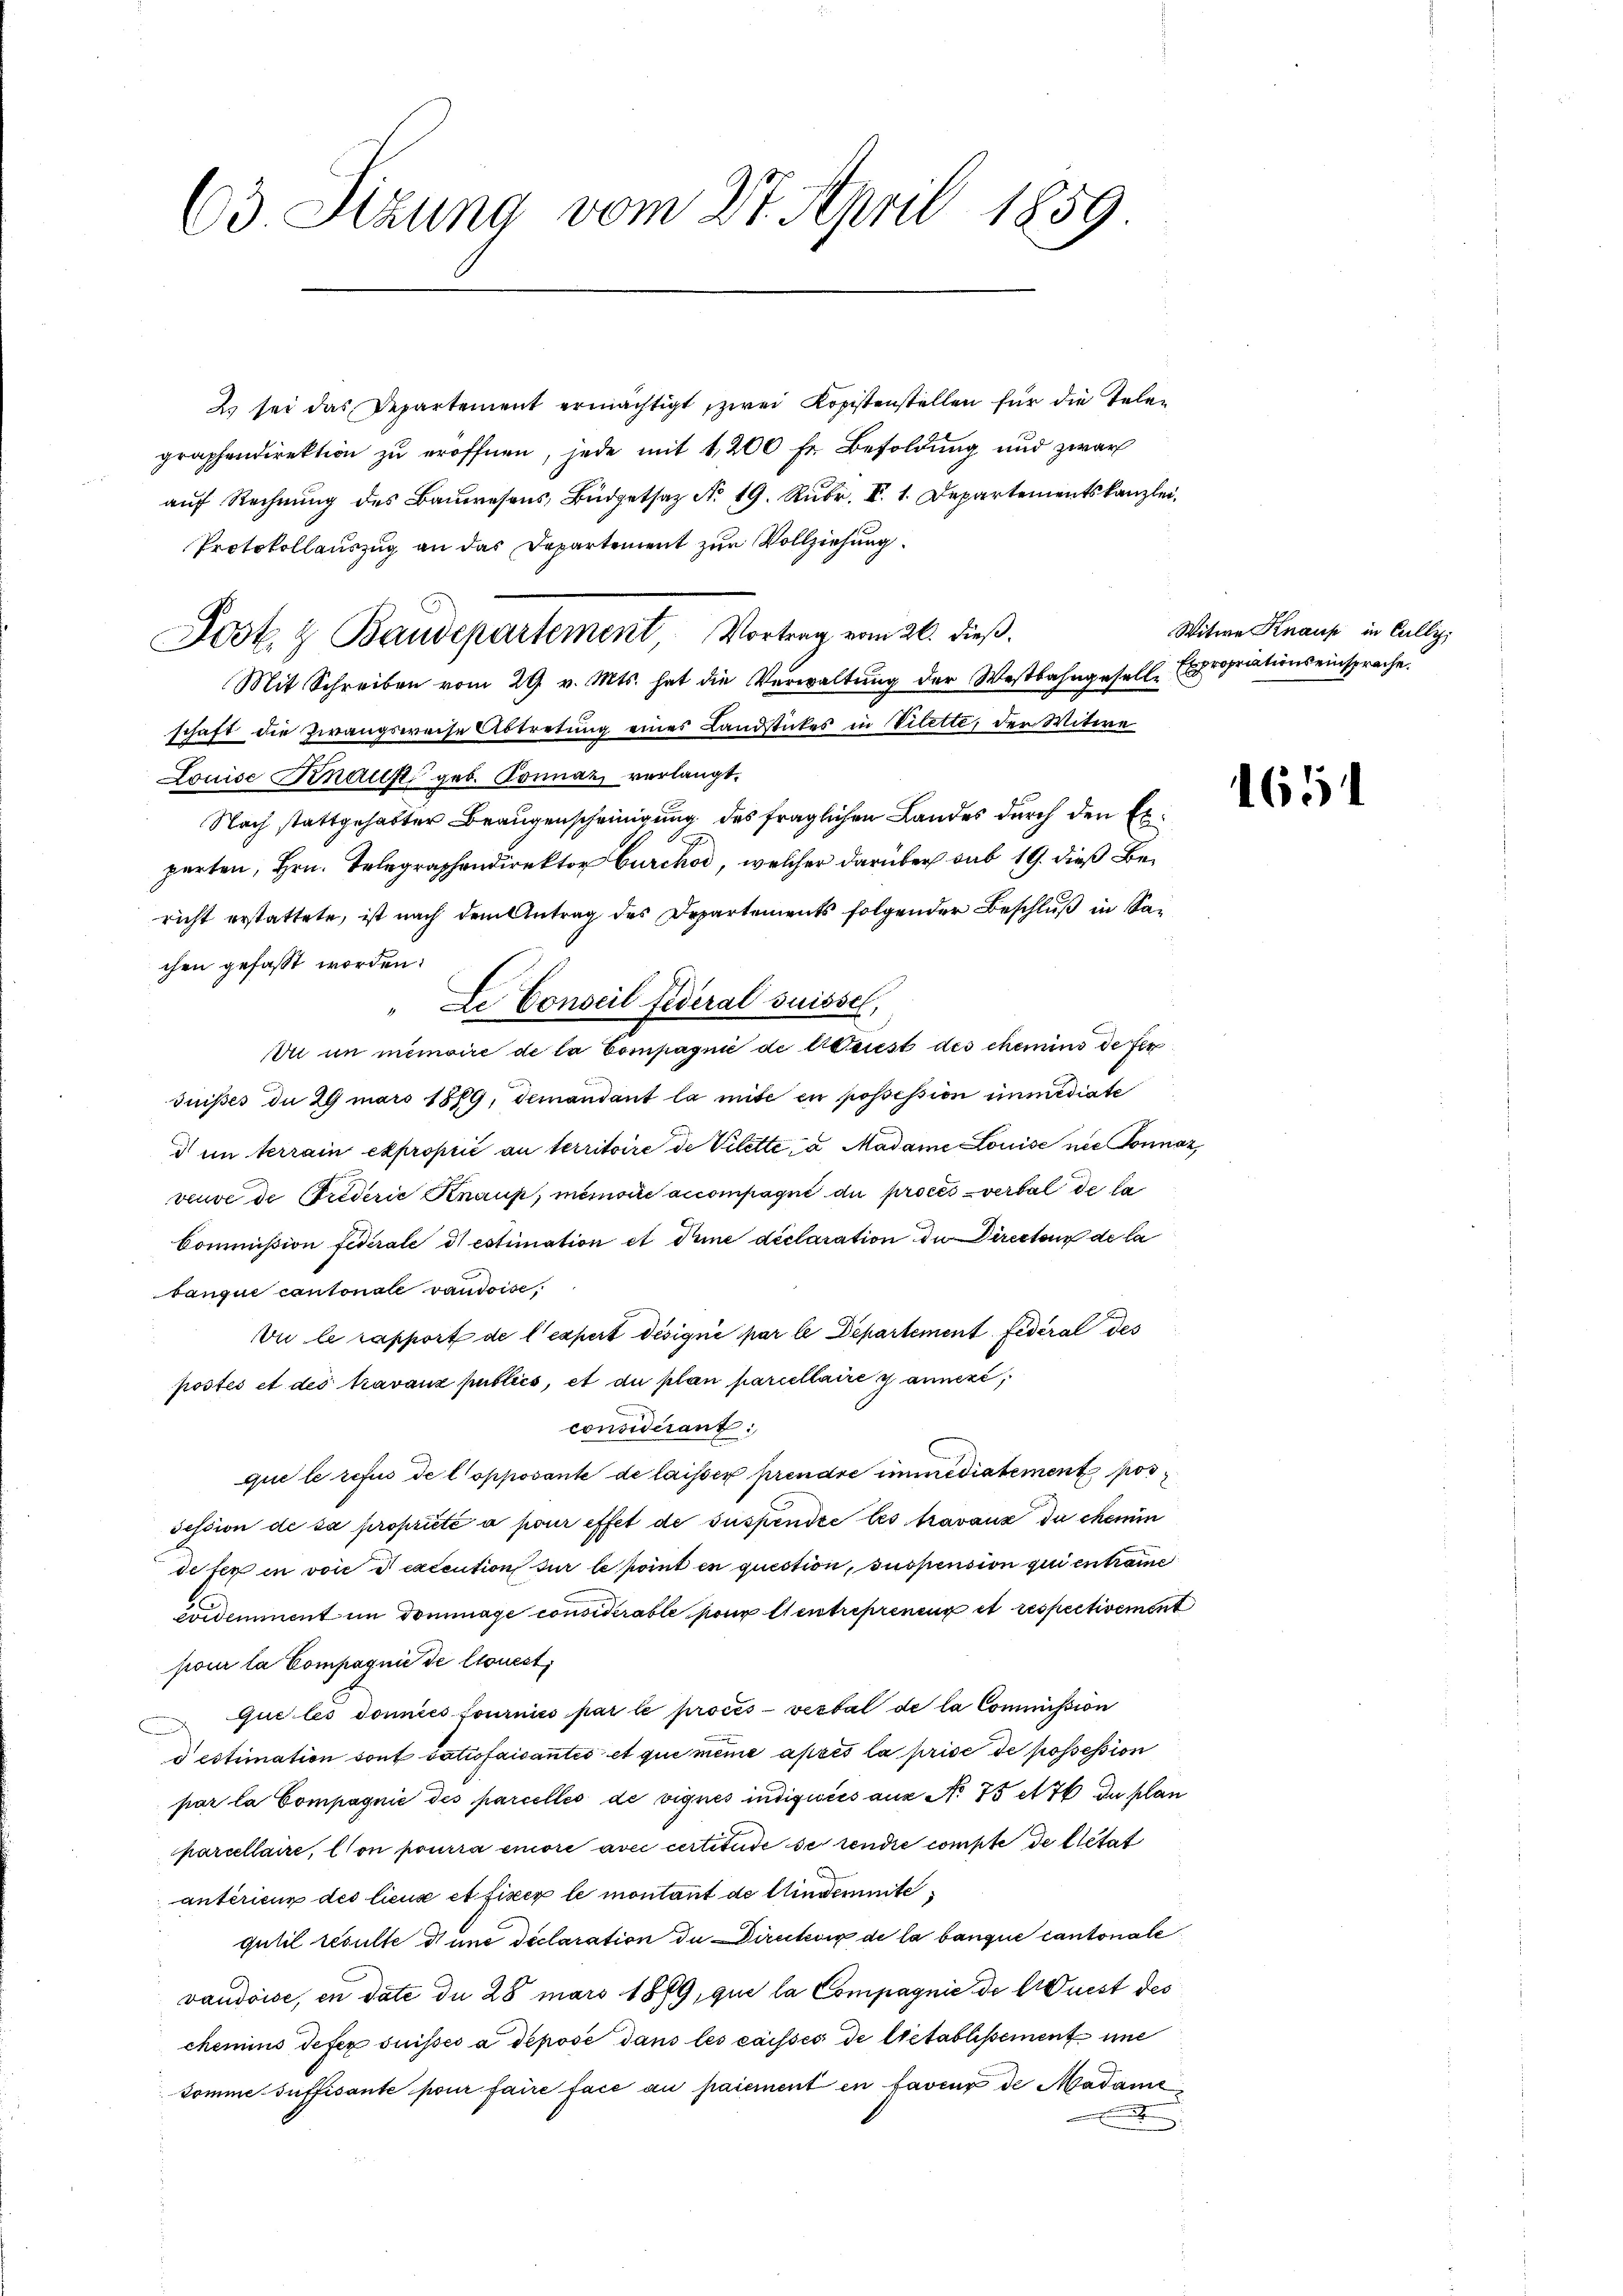
63 Sizung vom 27. April 1859.

2) sei das Departement ermächtigt, zwei Kopistenstellen für die Telegraphendirektion zŭ eröffnen, jede mit 1200 fr. Besoldung und zwar
auf Rechnung des Bauwesens, Büdgetsaz No 19. Rubr. V. 1. Departementskanzlei
Protokollauszug an das Departement zur Vollziehung
Mit Schreiben vom 29. v. Mts. hat die Verwaltung der Westbahngesell. Expropriationseinsprache.
schaft die Zwangsweise Abtretung eines Landstückes in Vilette, der Witwe
Louise Knauft geb. Sonnaz verlangt,
Nach stattgehabter Braugenscheinigung des fraglichen Landes durch den Ex¬
.
parten, Hrn. Telegraphendirektor Curch, welcher darüber sub 19. dieß Bericht erstattete, ist nach dem Antrag des Departements folgender Beschluß in Sachen gefaßt worden:
" Le Conseil Federal Suissel,
Du in memoire de la Compagnie de triest des chemins de fer
duises du 29 mars 1889, demandant la mite en possession immediate
d im terrain exproprić an territoire de Vilette, a Madame Louise nie Sonnaz
veuve de rederie Knaux, memorie accompagni di proces verbal de la
Commißion federale d) estimation et Deine déclaration der Directens de la
tanque cantonale vaudoise,
vu le rapport de l’expert désigné par le Departement Federal des
postés et des travanz publics, et du plan parcellaire y annexe,
considérant
que le refus de l’opposante de laisser prendre immediatement pos
session de sa propriété à pour effet de suspendie les travaux du chemin
defer in voie et execution sur le point in question, suspension qui entrai
1
évidemment im dommage considérable pour entreprenen et respectivement
pour la Compagnie de ltouert,
que les domies fourniss par le procès-verbal de la Commission
o estimation sont satiofaisantes et que meine après la prise de possession
par la Compagnie des parcellés de vignes indiquées aus No 75 et 76 du plan
parcellaire, on pourra einore avec certitute de rendie compte de letat
antérieur des lieux et fixer le montant de Mindemmte
gutil resulte d une declaration de Director de la bangue Cantonale
vaudoise, en date du 28 mars 1879, que la Compagnie de lust des
chemins defer suisses a déposé dans les caissés de letablissement eine
komme suffisante pour faire face au paiement en faveur de Madami
.

Jost & Baudepartement Vortrag vom 26. dieβ.

Witwe Knaus in Culli

1651